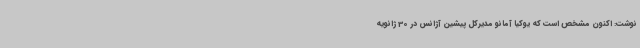
نوشت: اکنون مشخص است که یوکیا آمانو مدیرکل پیشین آژانس در 30 ژانویه